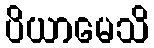
ပိယာမေသိ